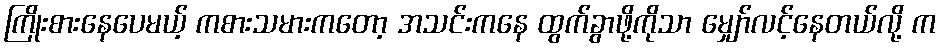
ကြိုးစားနေပေမယ့် ကစားသမားကတော့ အသင်းကနေ ထွက်ခွာဖို့ကိုသာ မျှော်လင့်နေတယ်လို့ က